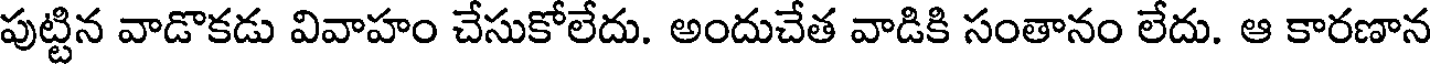
పుట్టిన వాడొకడు వివాహం చేసుకోలేదు. అందుచేత వాడికి సంతానం లేదు. ఆ కారణాన